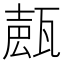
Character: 𤭩